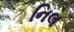
નિલ